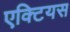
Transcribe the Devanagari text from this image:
एक्टियस